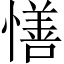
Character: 𢢆